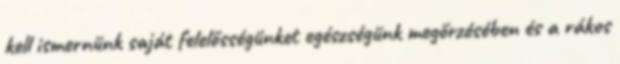
kell ismernünk saját felelősségünket egészségünk megőrzésében és a rákos